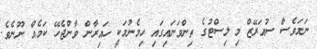
ނަމަވެސް ސުއަރޭޒް މި ލިސްޓުގެ ތިންވަނައިގައި ހިމެނުމަކީ ހައިރާން ވާންޖެހޭ ކަމެއް ނޫނެވެ.